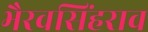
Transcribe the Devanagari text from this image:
भैरवसिंहराव